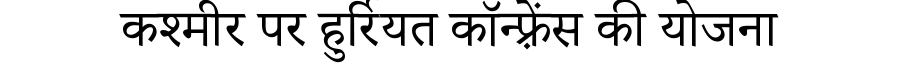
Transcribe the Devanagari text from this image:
कश्मीर पर हुर्रियत कॉन्फ़्रेंस की योजना